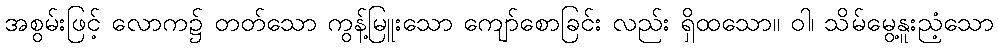
အစွမ်းဖြင့် လောက၌ တတ်သော ကွန့်မြူးသော ကျော်စောခြင်း လည်း ရှိထသော။ ဝါ၊ သိမ်မွေ့နူးညံ့သော